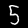
Label: 5